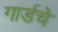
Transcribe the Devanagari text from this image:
गार्डचे